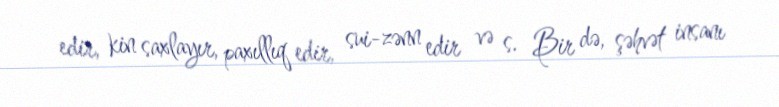
edir, kin saxlayır, paxıllıq edir, sui-zənn edir və s. Bir də, şəhvət insanı